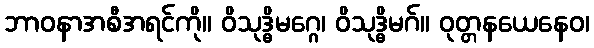
ဘာဝနာအစီအရင်ကို။ ဝိသုဒ္ဓိမဂ္ဂေ၊ ဝိသုဒ္ဓိမဂ်။ ဝုတ္တနယေနေဝ၊